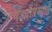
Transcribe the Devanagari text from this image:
घड्याप्रमाणे